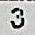
3